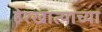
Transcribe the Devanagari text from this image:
हेरखात्याच्या